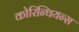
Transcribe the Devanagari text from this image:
कोरिन्थियन्स